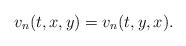
LaTeX: \begin{align*}v_n(t,x,y)=v_n(t,y,x).\end{align*}